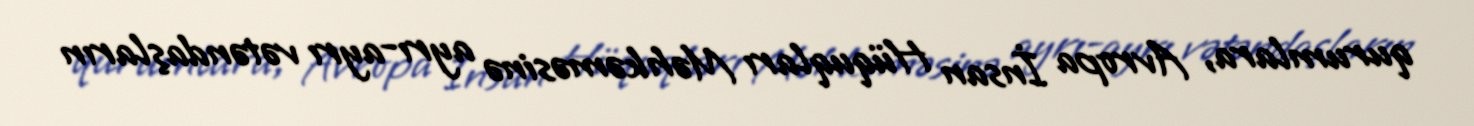
qurumlara, Avropa İnsan Hüquqları Məhkəməsinə ayrı-ayrı vətəndaşların